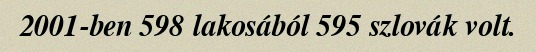
2001-ben 598 lakosából 595 szlovák volt.